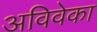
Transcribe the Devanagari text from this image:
अविवेका